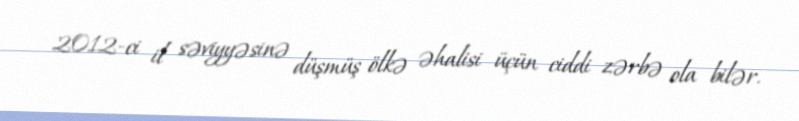
2012-ci il səviyyəsinə düşmüş ölkə əhalisi üçün ciddi zərbə ola bilər.